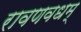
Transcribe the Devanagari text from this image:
रावणवधम्